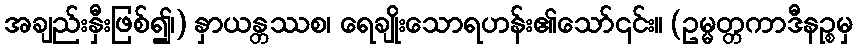
အချည်းနှီးဖြစ်၍၊) နှာယန္တဿစ၊ ရေချိုးသောရဟန်း၏သော်၎င်း။ (ဥမ္မတ္တကာဒီနဉ္စမှ